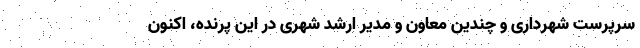
سرپرست شهرداری و چندین معاون و مدیر ارشد شهری در این پرنده، اکنون